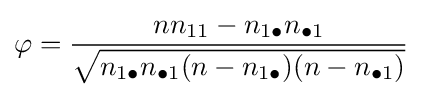
\varphi ={\frac {nn_{11}-n_{1\bullet }n_{\bullet 1}}{\sqrt {n_{1\bullet }n_{\bullet 1}(n-n_{1\bullet })(n-n_{\bullet 1})}}}